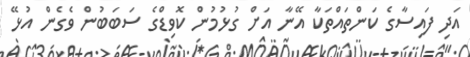
އަދި ފައިސާގެ ކަންތައްތަކާ އޭނާ އަށް ގުޅުމުން ކޮވިޑްގެ ސަބަބުން ވެގެން އުޅޭ